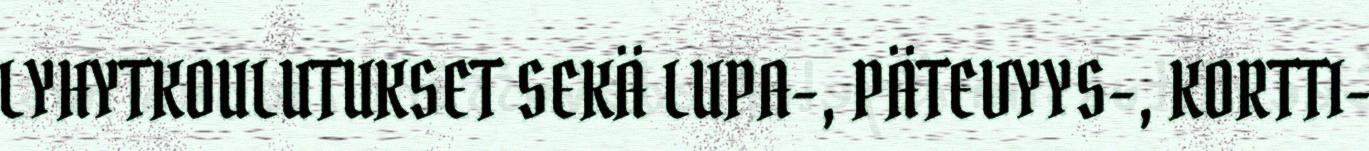
LYHYTKOULUTUKSET SEKÄ LUPA-, PÄTEVYYS-, KORTTI-